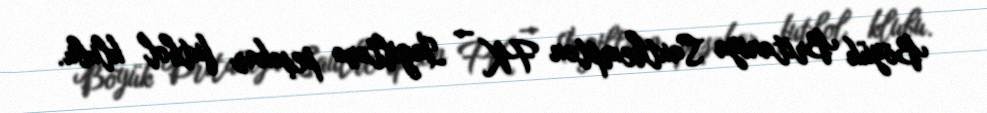
Böyük Britaniya Sauthempton FK — İngiltərə peşəkar futbol klubu.